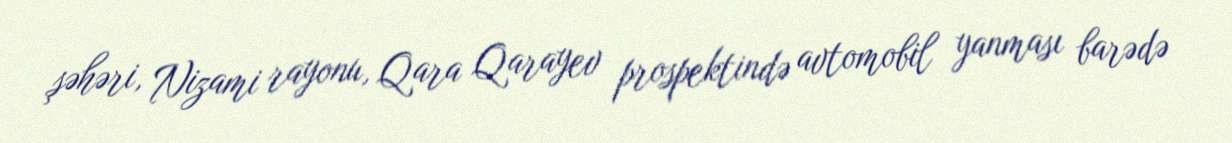
şəhəri, Nizami rayonu, Qara Qarayev prospektində avtomobil yanması barədə